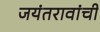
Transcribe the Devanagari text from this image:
जयंतरावांची